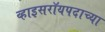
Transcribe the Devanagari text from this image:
व्हाइसरॉयपदाच्या